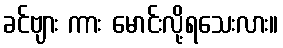
ခင်ဗျား ကား မောင်းလို့ရသေးလား။